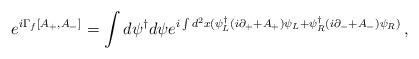
LaTeX: \begin{align*}e^{i\Gamma_{f}[A_{+},A_{-}]}=\int d\psi^{\dagger}d\psi e^{i\int d^{2}x (\psi^{\dagger}_{L}(i\partial_{+}+A_{+})\psi_{L}+\psi^{\dagger}_{R}(i\partial_{-}+A_{-})\psi_{R})}\,,\end{align*}